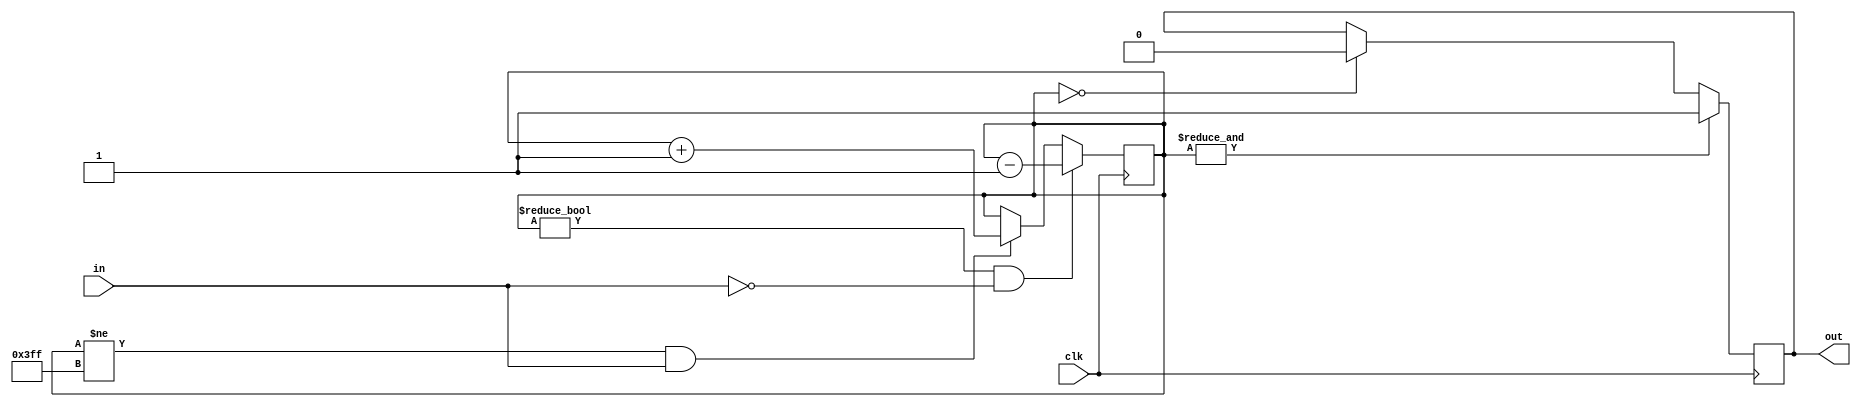
`timescale 1 ns / 1 ps

module debounce#
(
	parameter PULSE_LENGTH = 0,
	parameter INVERT       = 0
)
(
	input      clk,
	input      in,
	output     out
);

	reg pulse_sig = 0;
	wire eff_in   = INVERT ? ~in        : in;
	assign out    = INVERT ? ~pulse_sig : pulse_sig;
	

	reg [9:0] hold_counter = 0;
	always @(posedge clk) begin
		if(hold_counter != 0 && !eff_in)
			hold_counter <= hold_counter - 1;
		else if(hold_counter != 1023 && eff_in)
			hold_counter <= hold_counter + 1;
	end
	
	
	localparam PULSE_STATE_WAITING  = 0;
	localparam PULSE_STATE_SIGNAL   = 1;
	localparam PULSE_STATE_DEASSERT = 2;
	
	generate if(PULSE_LENGTH > 0) begin
		reg [$clog2(PULSE_LENGTH) : 0] pulse_counter;
		reg [1:0]                      pulse_state = PULSE_STATE_WAITING;
		always @(posedge clk) begin
			case(pulse_state)
				PULSE_STATE_WAITING: begin
					if(&hold_counter) begin
						pulse_state   <= PULSE_STATE_SIGNAL;
						pulse_sig     <= 1;
						pulse_counter <= 1;
					end
				end PULSE_STATE_SIGNAL: begin
					if(pulse_counter == PULSE_LENGTH) begin
						pulse_state   <= PULSE_STATE_DEASSERT;
						pulse_sig     <= 0;
						pulse_counter <= 0;
					end else
						pulse_counter <= pulse_counter + 1;
				end PULSE_STATE_DEASSERT: begin
					if(hold_counter == 0)
						pulse_state <= PULSE_STATE_WAITING;
				end
			endcase
		end
	end else begin
		always @(posedge clk) begin
			if(&hold_counter)
				pulse_sig <= 1;
			else if(hold_counter == 0)
				pulse_sig <= 0;
		end
	end endgenerate
	

	

endmodule